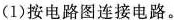
(1)按电路图连接电路。